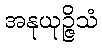
အနုယုဉ္ဇိသံ